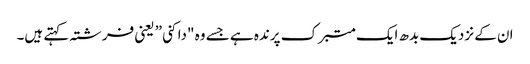
ان کے نزدیک بدھ ایک متبرک پرندہ ہے جسے وہ "داکنی” یعنی فرشتہ کہتے ہیں۔